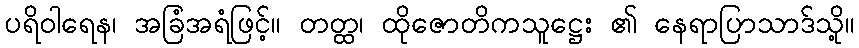
ပရိဝါရေန၊ အခြံအရံဖြင့်။ တတ္ထ၊ ထိုဇောတိကသူဋ္ဌေး ၏ နေရာပြာသာဒ်သို့။